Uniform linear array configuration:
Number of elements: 48
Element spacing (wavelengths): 1
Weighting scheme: hann
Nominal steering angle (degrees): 60
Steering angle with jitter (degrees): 60.226
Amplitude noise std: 0.05
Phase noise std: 0.05

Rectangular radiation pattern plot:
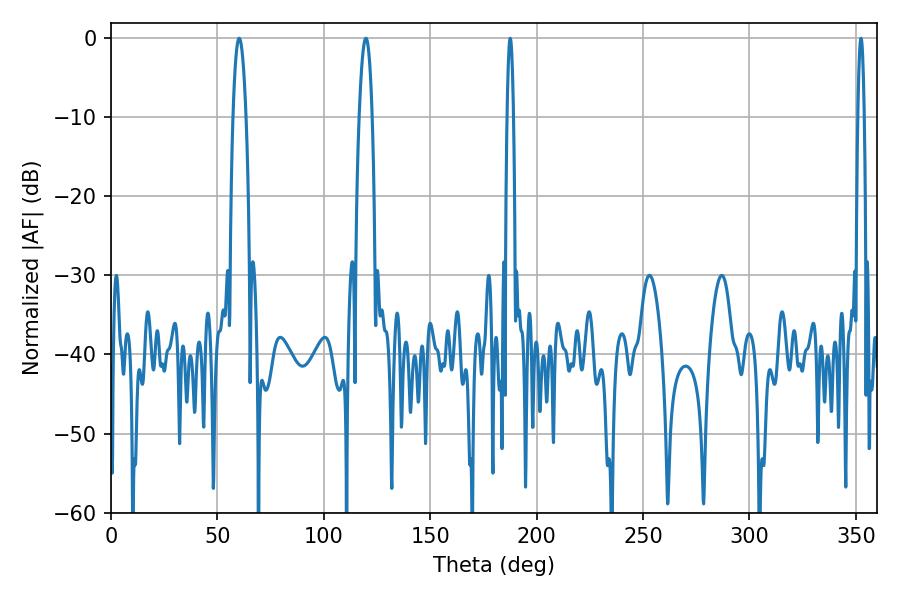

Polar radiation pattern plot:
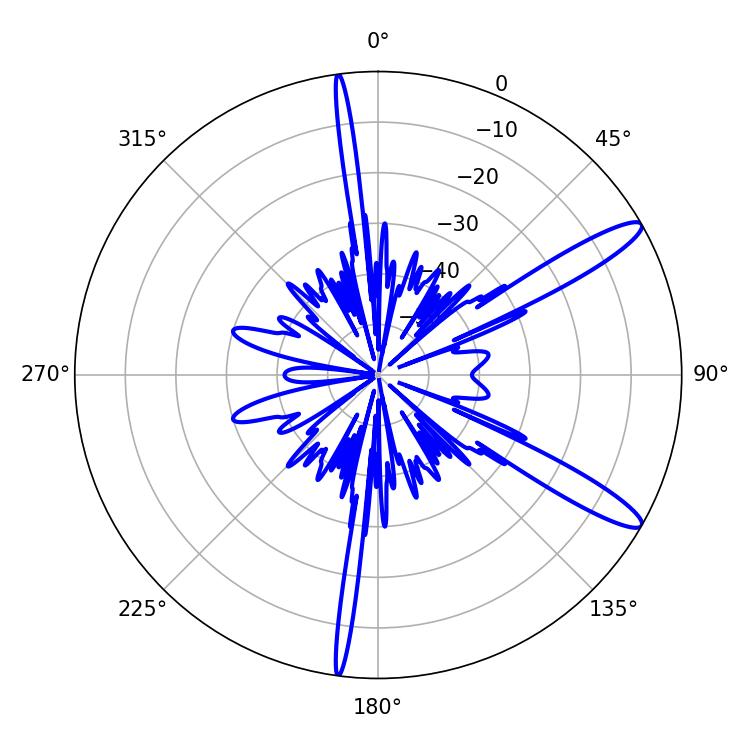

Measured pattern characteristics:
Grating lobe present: TRUE
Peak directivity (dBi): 12.889
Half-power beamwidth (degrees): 1.62
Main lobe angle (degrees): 187.56